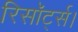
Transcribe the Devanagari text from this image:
रिसॉर्ट्स।